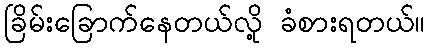
ခြိမ်းခြောက်နေတယ်လို့ ခံစားရတယ်။